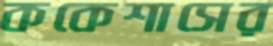
ককেশাসের